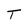
Character: T